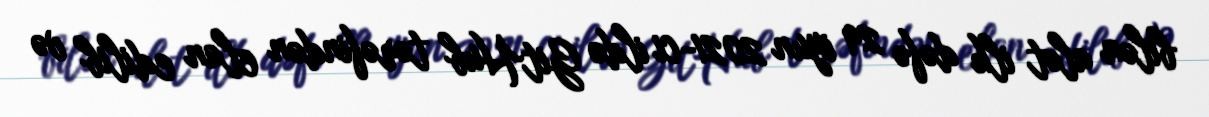
bilən alət ilk dəfə 29 iyun 2021-ci ildə GitHub tərəfindən elan edilib və